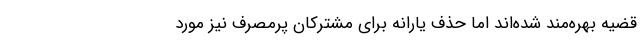
قضیه بهره‌مند شده‌اند اما حذف یارانه برای مشترکان پرمصرف نیز مورد